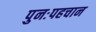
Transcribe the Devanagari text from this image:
पुनःपहचान